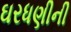
ઘરધણીની